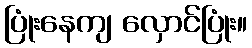
ပြုံးနေကျ လှောင်ပြုံး။